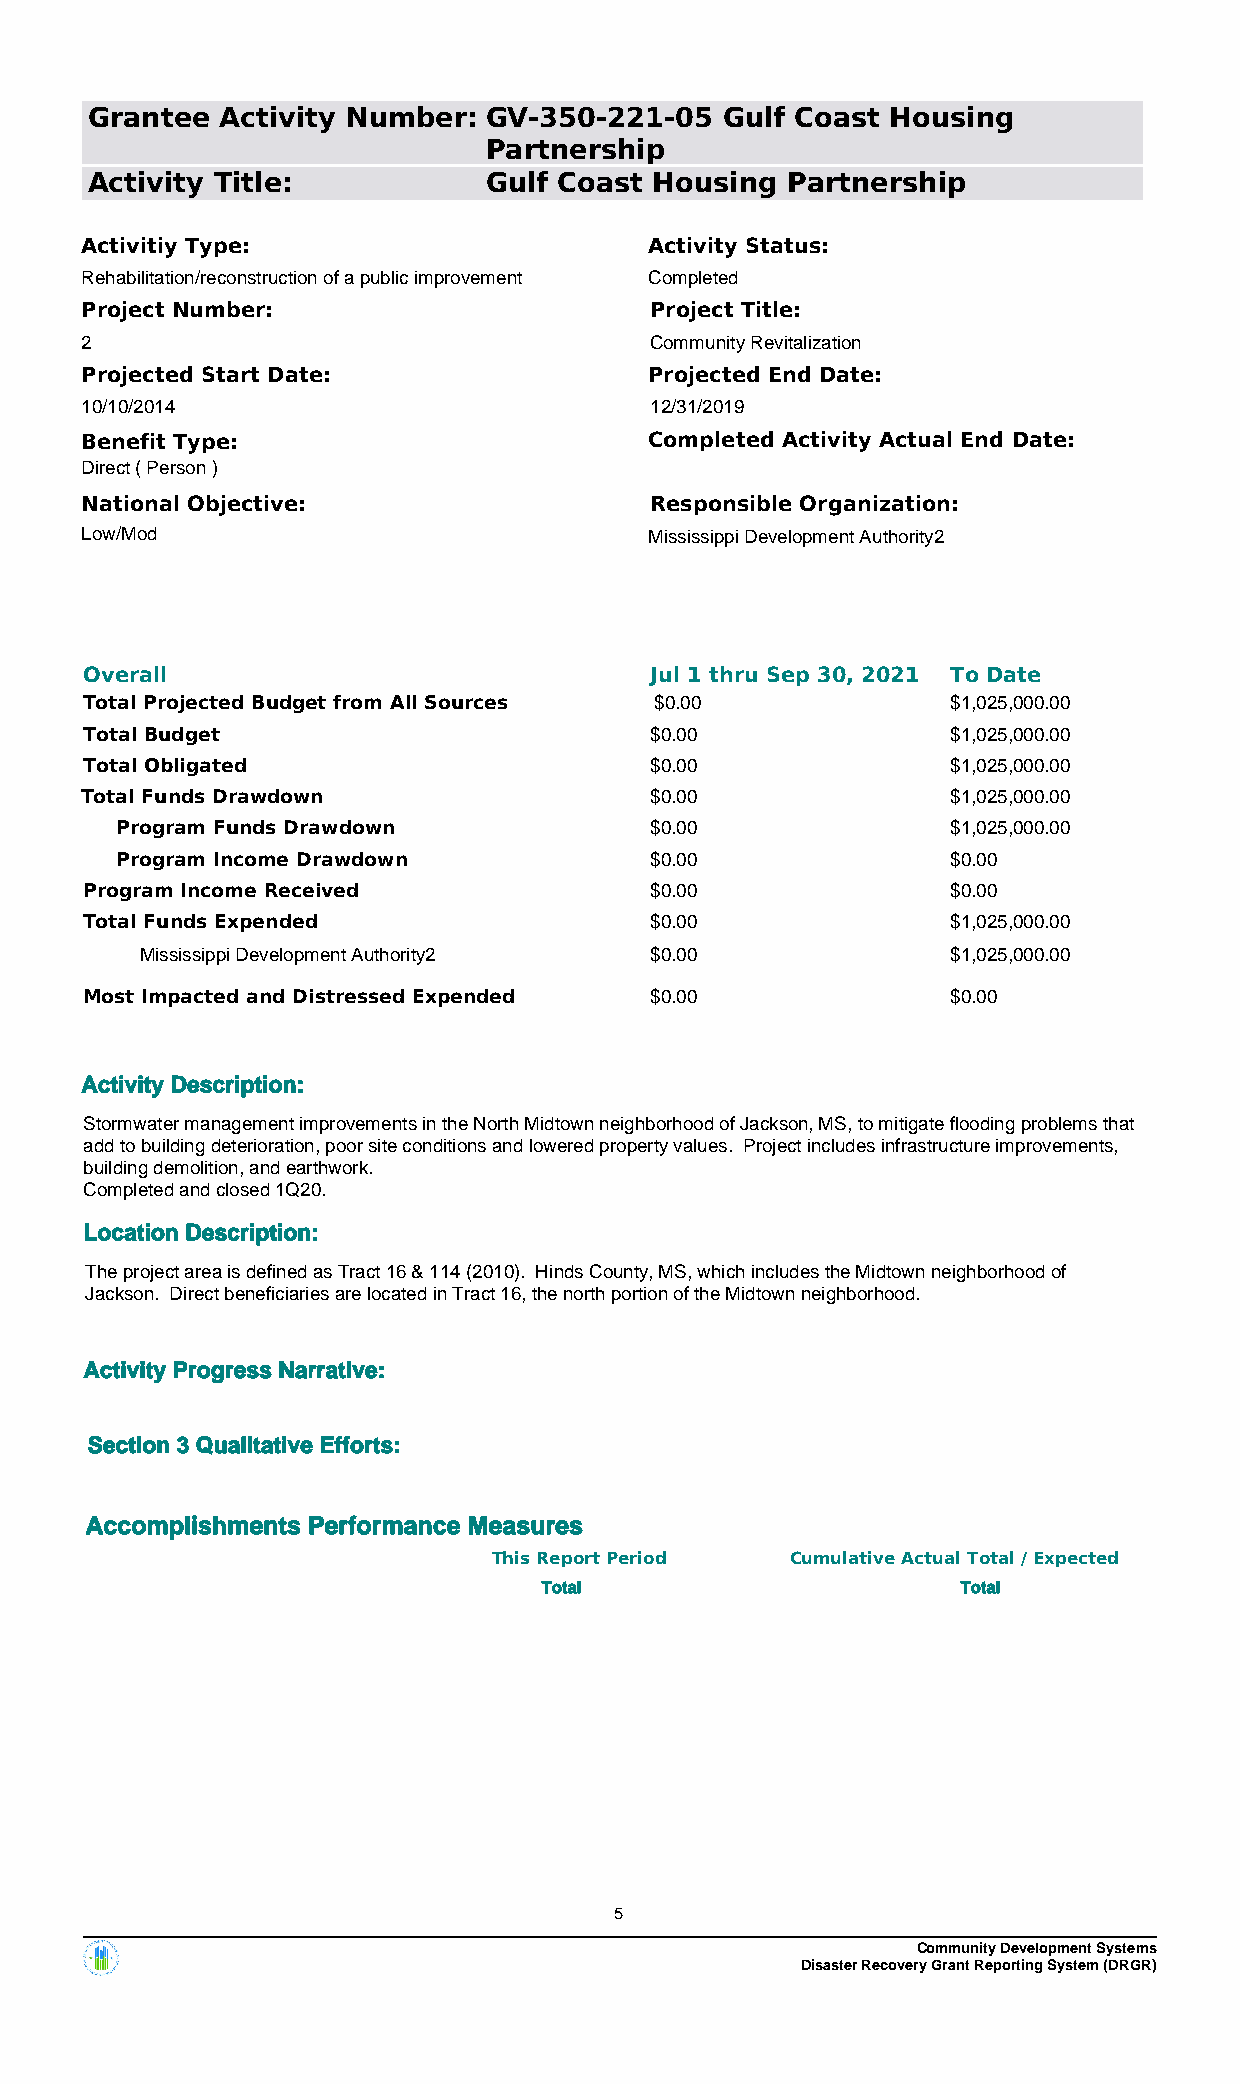
Grantee  Activity Number: GV-350-221-05   Gulf Coast Housing
 Partnership
 Activity Title:           Gulf Coast Housing  Partnership
 Activitiy Type:                       Activity Status:
 Rehabilitation/reconstruction of a public improvement Completed
 Project Number:                       Project Title:
 2                                     Community Revitalization
 Projected Start Date:                 Projected End Date:
 10/10/2014                            12/31/2019
 Benefit Type:                         Completed Activity Actual End Date:
 Direct ( Person )
 National Objective:                   Responsible Organization:
 Low/Mod                               Mississippi Development Authority2
 Overall                              Jul 1 thru Sep 30, 2021 To Date
 Total Projected Budget from All Sources $0.00            $1,025,000.00
 Total Budget                         $0.00               $1,025,000.00
 Total Obligated                      $0.00               $1,025,000.00
 Total Funds Drawdown                  $0.00               $1,025,000.00
 Program Funds Drawdown             $0.00               $1,025,000.00
 Program Income Drawdown            $0.00               $0.00
 Program Income Received              $0.00               $0.00
 Total Funds Expended                 $0.00               $1,025,000.00
 Mississippi Development Authority2 $0.00              $1,025,000.00
 Most Impacted and Distressed Expended $0.00              $0.00
 Activity Description:
 Stormwater management improvements in the North Midtown neighborhood of Jackson, MS, to mitigate flooding problems that
 add to building deterioration, poor site conditions and lowered property values. Project includes infrastructure improvements,
 building demolition, and earthwork.
 Completed and closed 1Q20.
 Location Description:
 The project area is defined as Tract 16 & 114 (2010). Hinds County, MS, which includes the Midtown neighborhood of
 Jackson. Direct beneficiaries are located in Tract 16, the north portion of the Midtown neighborhood.
 Activity Progress Narrative:
 Section 3 Qualitative Efforts:
 Accomplishments Performance Measures
 This Report Period Cumulative Actual Total / Expected
 Total                       Total
 5
 Community Development Systems
 Disaster Recovery Grant Reporting System (DRGR)